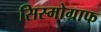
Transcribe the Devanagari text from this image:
सिस्मोग्राफ